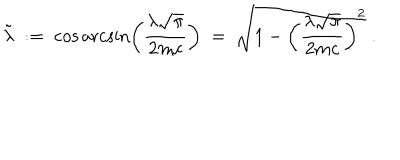
LaTeX: \tilde { \lambda } \; : = \; \cos \operatorname { a r c s i n } \left( \frac { \lambda \sqrt { \pi } } { 2 m c } \right) \; = \; \sqrt { 1 - \left( \frac { \lambda \sqrt { \pi } } { 2 m c } \right) ^ { 2 } } \; .